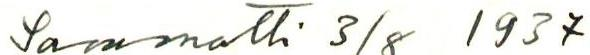
Sammatti 3/8 1937